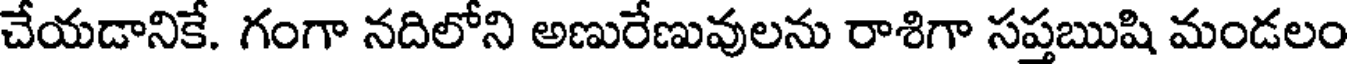
చేయడానికే. గంగా నదిలోని అణురేణువులను రాశిగా సప్తఋషి మండలం